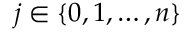
j \in \{ 0 , 1 , \dotsc , n \}